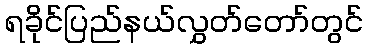
ရခိုင်ပြည်နယ်လွှတ်တော်တွင်